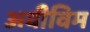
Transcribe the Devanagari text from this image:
अवीविम